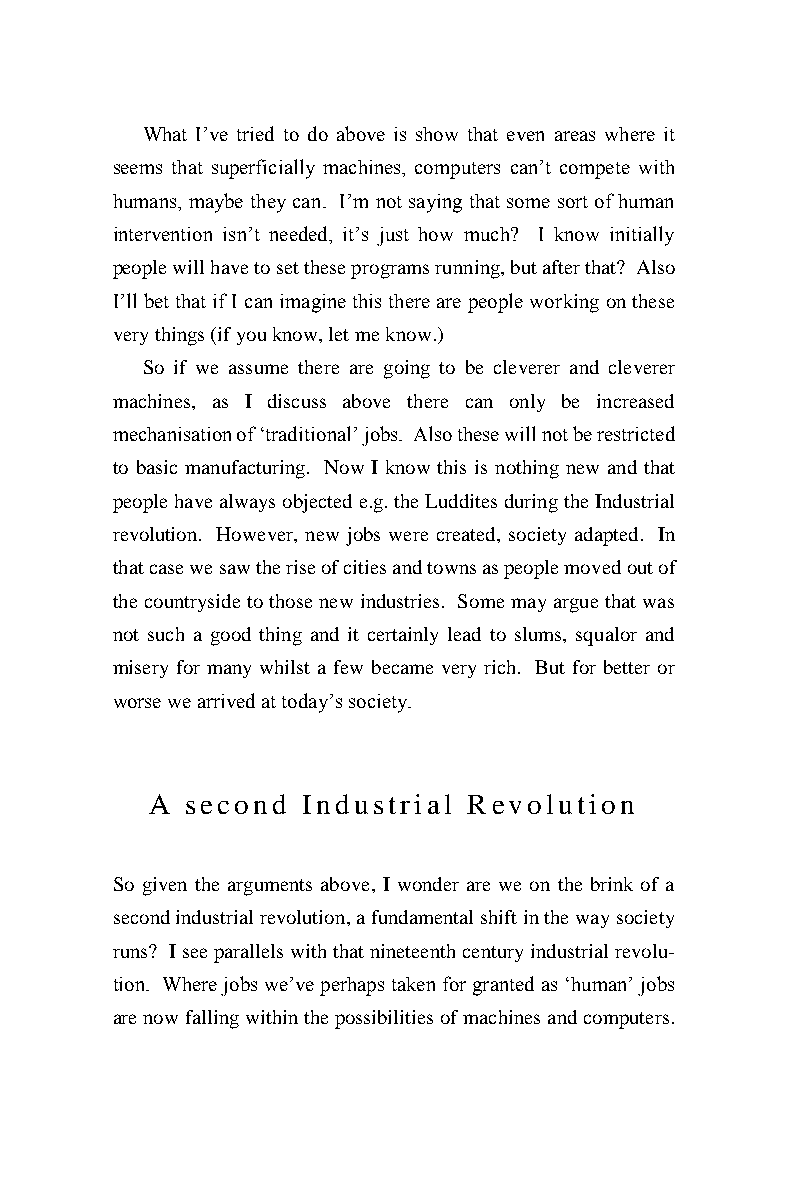
What I’ve tried to do above is show that even areas where it
 seems that superficially machines, computers can’t compete with
 humans, maybe they can. I’m not saying that some sort of human
 intervention isn’t needed, it’s just how much? I know initially
 people will have to set these programs running, but after that? Also
 I’ll bet that if I can imagine this there are people working on these
 very things (if you know, let me know.)
 So if we assume there are going to be cleverer and cleverer
 machines, as I discuss above there can only be increased
 mechanisation of ‘traditional’ jobs. Also these will not be restricted
 to basic manufacturing. Now I know this is nothing new and that
 people have always objected e.g. the Luddites during the Industrial
 revolution. However, new jobs were created, society adapted. In
 that case we saw the rise of cities and towns as people moved out of
 the countryside to those new industries. Some may argue that was
 not such a good thing and it certainly lead to slums, squalor and
 misery for many whilst a few became very rich. But for better or
 worse we arrived at today’s society.
 A second  Industrial Revolution
 So given the arguments above, I wonder are we on the brink of a
 second industrial revolution, a fundamental shift in the way society
 runs? I see parallels with that nineteenth century industrial revolu-
 tion. Where jobs we’ve perhaps taken for granted as ‘human’ jobs
 are now falling within the possibilities of machines and computers.